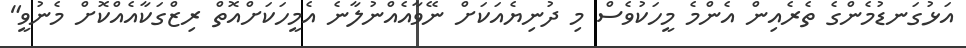
އަޅުގަނޑުމެންގެ ތެރެއިން އެންމެ މީހަކުވެސް މި ދުނިޔެއަކަށް ނޭވާއެއްނުލާނެ އެމީހަކަށްއޮތް ރިޒްގަކާއެއްކޮށް މެނުވީ"